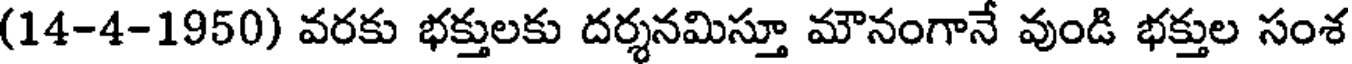
(14-4-1950) వరకు భక్తులకు దర్శనమిస్తూ మౌనంగానే వుండి భక్తుల సంశ